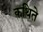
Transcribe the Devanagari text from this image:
कथिते